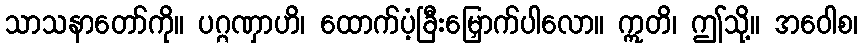
သာသနာတော်ကို။ ပဂ္ဂဏှာဟိ၊ ထောက်ပံ့ခြီးမြှောက်ပါလော။ ဣတိ၊ ဤသို့။ အဝေါစ၊